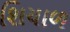
શિયાળ